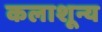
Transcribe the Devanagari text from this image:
कलाशून्य